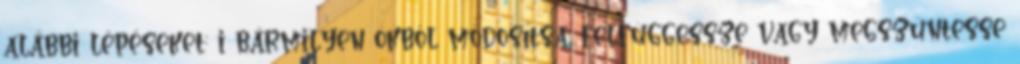
alábbi lépéseket: i bármilyen okból módosítsa, felfüggessze vagy megszüntesse